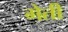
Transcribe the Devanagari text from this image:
गेती